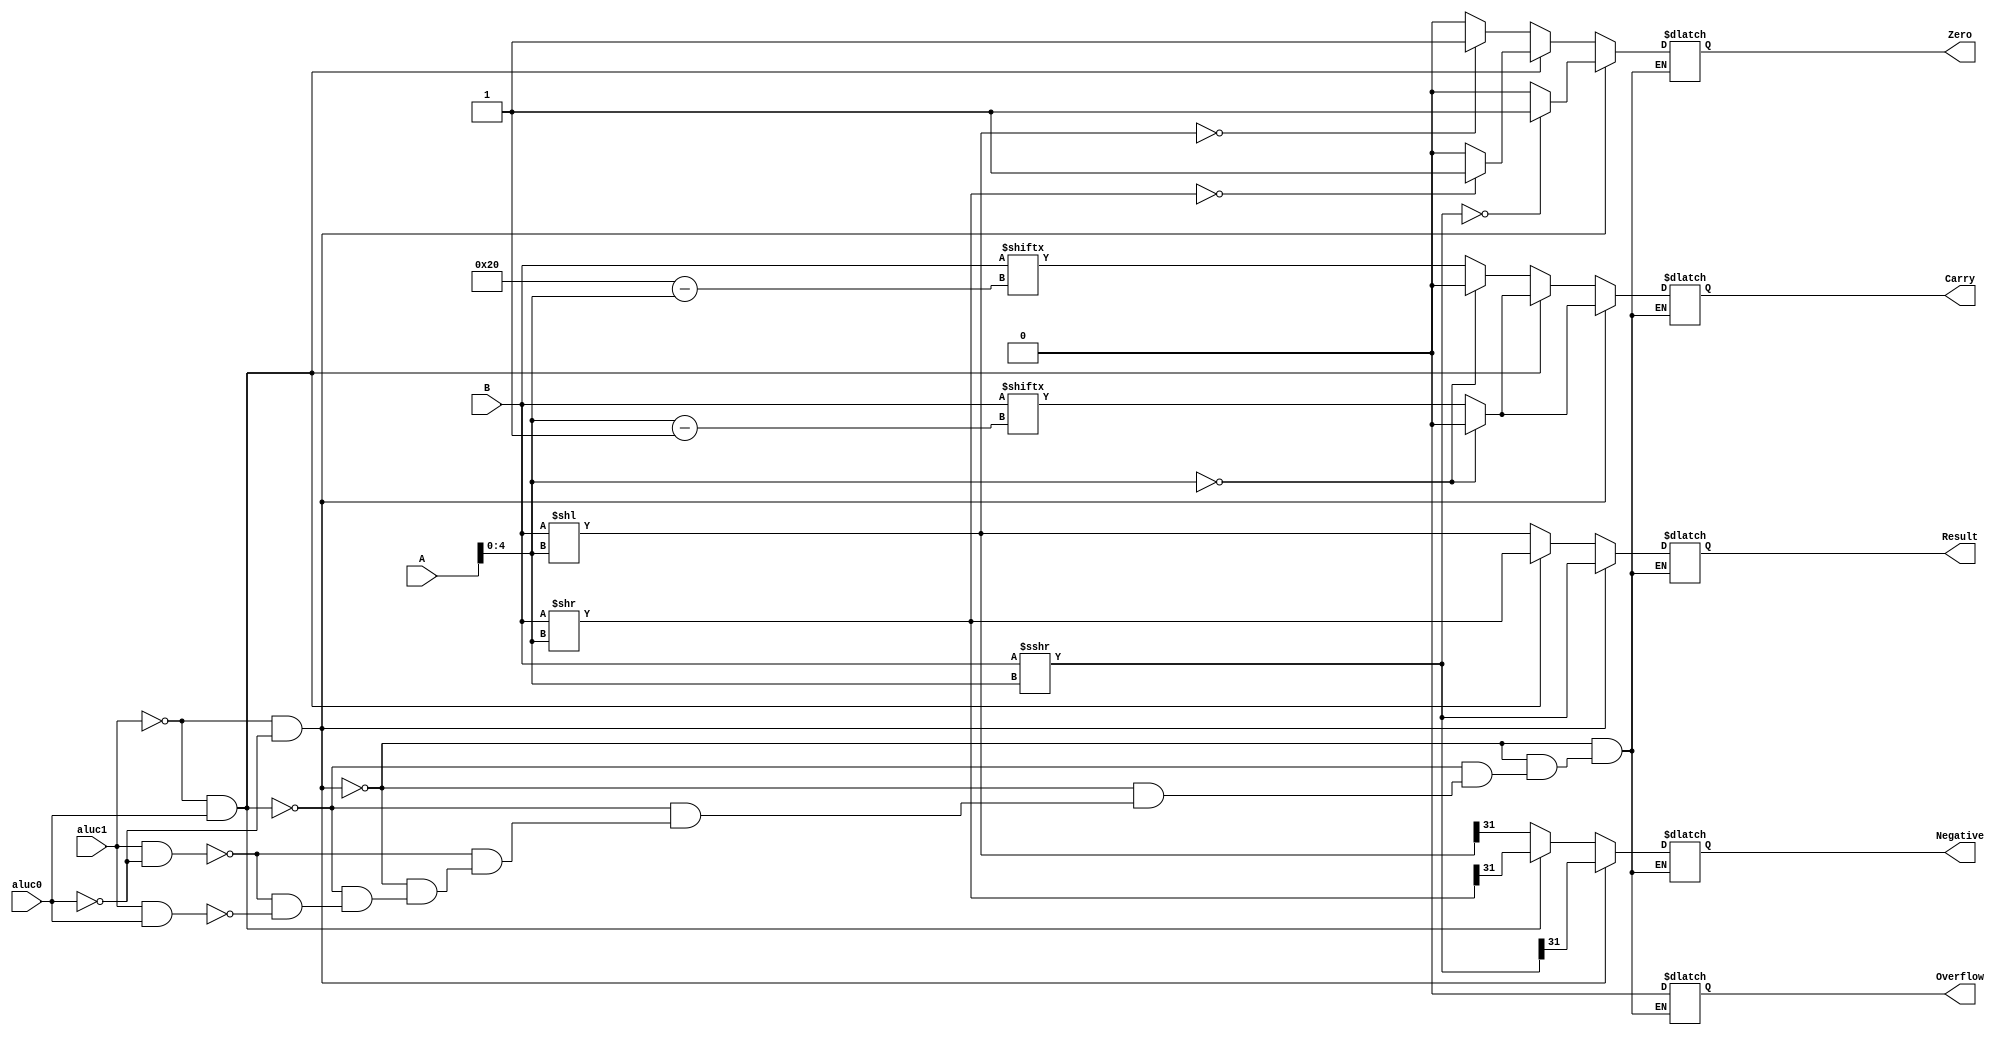
module shifter(
input [31:0] A, // 32 
input [31:0] B, // 5 
//input [1:0] aluc, // 2 
input aluc1,//aluc[1]
input aluc0,//aluc[0]
output  [31:0] Result,// 32  A  B  aluc 
output Zero,
output Carry,
output Negative,
output Overflow
);
reg [31:0] Result_temp;
reg Zero_temp;
reg Carry_temp;
reg Nagative_temp;
reg Overflow_temp;
reg [4:0] shift_amount;


assign Zero     = Zero_temp;
assign Carry    = Carry_temp;
assign Negative = Nagative_temp;
assign Overflow = Overflow_temp;
assign Result   = Result_temp;

always @(*) begin
    if( aluc1 == 0 && aluc0 == 0 )begin //SRA
        shift_amount = A[4:0];
        Result_temp = $signed(B)>>>shift_amount;
        if( Result_temp == 0 ) 
            Zero_temp = 1;
        else 
            Zero_temp = 0;
        Nagative_temp = B[31];
        if ( shift_amount == 0) 
            Carry_temp = 0;
        else 
            Carry_temp = B[shift_amount -1];
        Overflow_temp = 0;
        Nagative_temp=Result_temp[31];
    end
    else if( aluc1 == 0 && aluc0 == 1 )begin //SRL
        shift_amount = A[4:0];
        Result_temp = B >> shift_amount;
        if(Result_temp==0) 
            Zero_temp=1;
        else 
            Zero_temp=0;
        if(shift_amount==0)
            Carry_temp=0;
        else
        Carry_temp=B[shift_amount-1];
        Overflow_temp=0;
        Nagative_temp = Result_temp[31];
    end
    else if( aluc1 == 1 && aluc0 == 0 )begin  //SLL
        shift_amount = A[4:0];
        Result_temp = B<<shift_amount;
        if ( Result_temp == 0)
            Zero_temp = 1;
        else 
            Zero_temp = 0;
        if ( shift_amount ==0)
            Carry_temp = 0;
        else 
            Carry_temp=B[32-shift_amount]; 
        Overflow_temp = 0;  
        Nagative_temp = Result_temp[31];
    end
    else if( aluc1 == 1 && aluc0 == 1 )begin //SLL
        shift_amount = A[4:0];
        Result_temp=B<<shift_amount;
        if (Result_temp == 0)
            Zero_temp = 1;
        else Zero_temp = 0;
        if (shift_amount ==0)
          Carry_temp = 0;
        else 
        Carry_temp=B[32-shift_amount];
        Overflow_temp = 0;
        Nagative_temp = Result_temp[31];
    end
end
endmodule